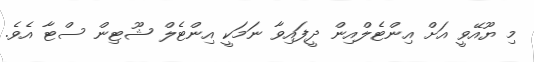
މި ޔޫއޭވީ އަށް އިންޓެލްއިން ދީފައިވާ ނަމަކީ އިންޓެލް ޝޫޓިން ސްޓާ އެވެ.